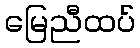
မြေညီထပ်